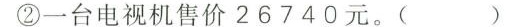
②一台电视机售价26740元。( )